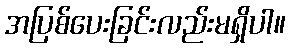
အပြစ်ပေးခြင်းလည်းမရှိပါ။